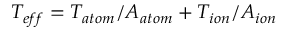
T _ { e f f } = T _ { a t o m } / A _ { a t o m } + T _ { i o n } / A _ { i o n }